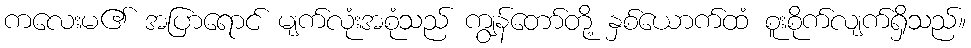
ကလေးမ၏ အပြာရောင် မျက်လုံးအစုံသည် ကျွန်တော်တို့ နှစ်ယောက်ထံ စူးစိုက်လျက်ရှိသည်။